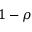
1 - \rho